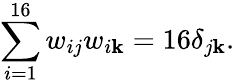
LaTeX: \sum_{i=1}^{16}w_{ij}w_{i\mathbf{k}}=16\delta_{j\mathbf{k}}.